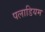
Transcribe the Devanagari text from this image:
पलाडियम